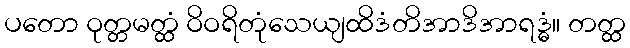
ပတော ဝုတ္တမတ္ထံ ဝိဝရိတုံသေယျထိဒံတိအာဒိအာရဒ္ဓံ။ တတ္ထ